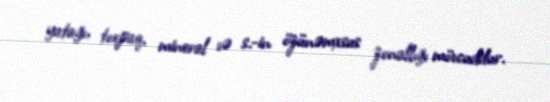
yatağı, torpaq, mineral və s.-in özünəmxsus zonallığı mövcuddur.